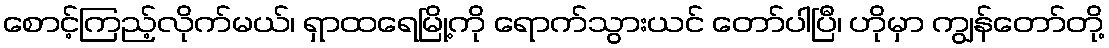
စောင့်ကြည့်လိုက်မယ်၊ ရှာထရေမြို့ကို ရောက်သွားယင် တော်ပါပြီ၊ ဟိုမှာ ကျွန်တော်တို့